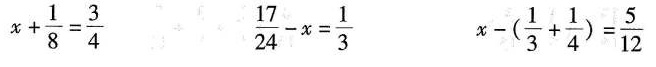
$ $ x + \ f r a c { 1 } { 8 } = \ f r a c { 3 } { 4 } $ $ $ $ \ f r a c { 1 7 } { 2 4 } - x = \ f r a c { 1 } { 3 } $ $ $ $ x - ( \ f r a c { 1 } { 3 } + \ f r a c { 1 } { 4 } ) = \ f r a c { 5 } { 1 2 } $ $